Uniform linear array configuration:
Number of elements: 8
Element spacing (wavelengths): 0.5
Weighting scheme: hamming
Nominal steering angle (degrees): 45
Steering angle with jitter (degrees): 43.782
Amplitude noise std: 0.05
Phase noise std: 0.05

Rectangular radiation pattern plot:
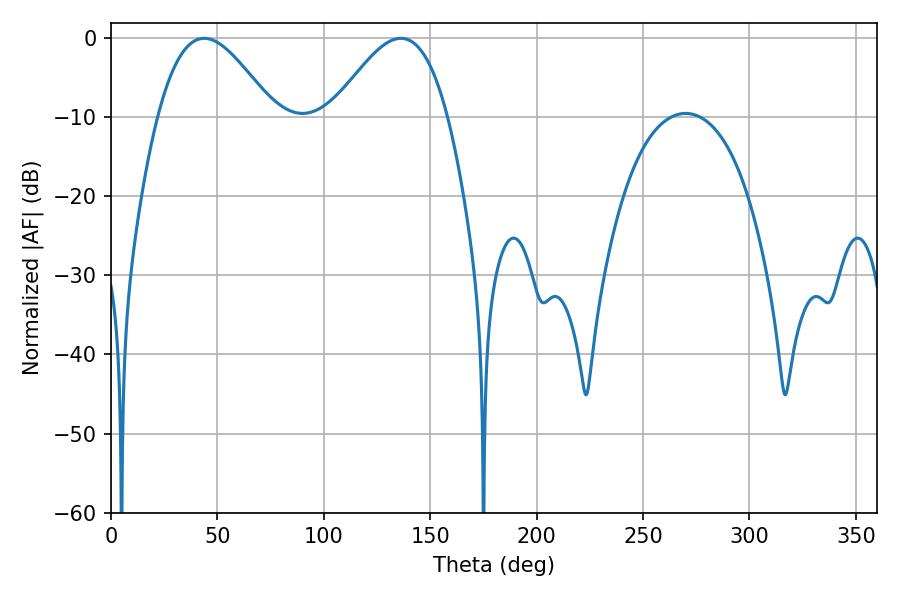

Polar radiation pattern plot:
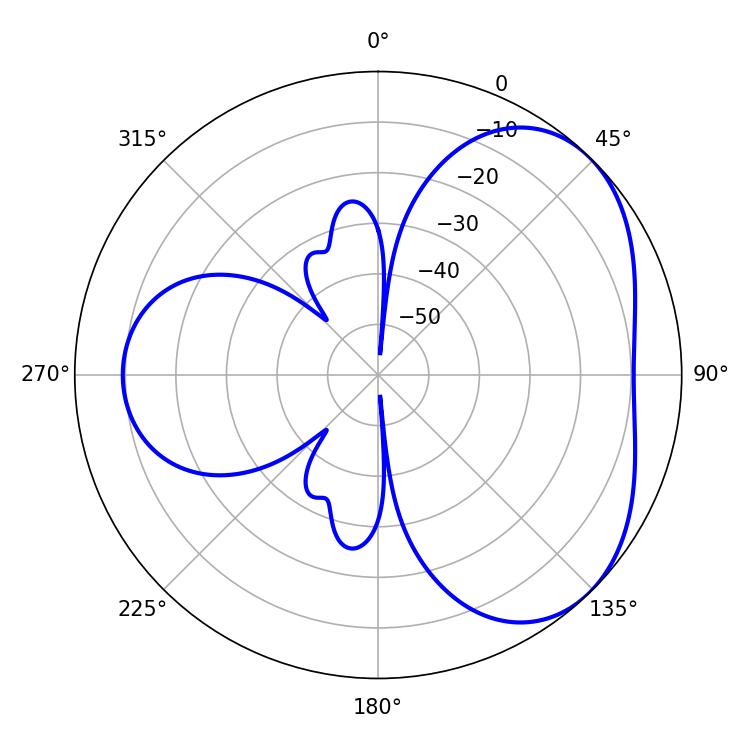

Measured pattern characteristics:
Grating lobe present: FALSE
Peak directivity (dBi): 4.127
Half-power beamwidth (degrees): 29.34
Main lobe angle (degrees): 43.74